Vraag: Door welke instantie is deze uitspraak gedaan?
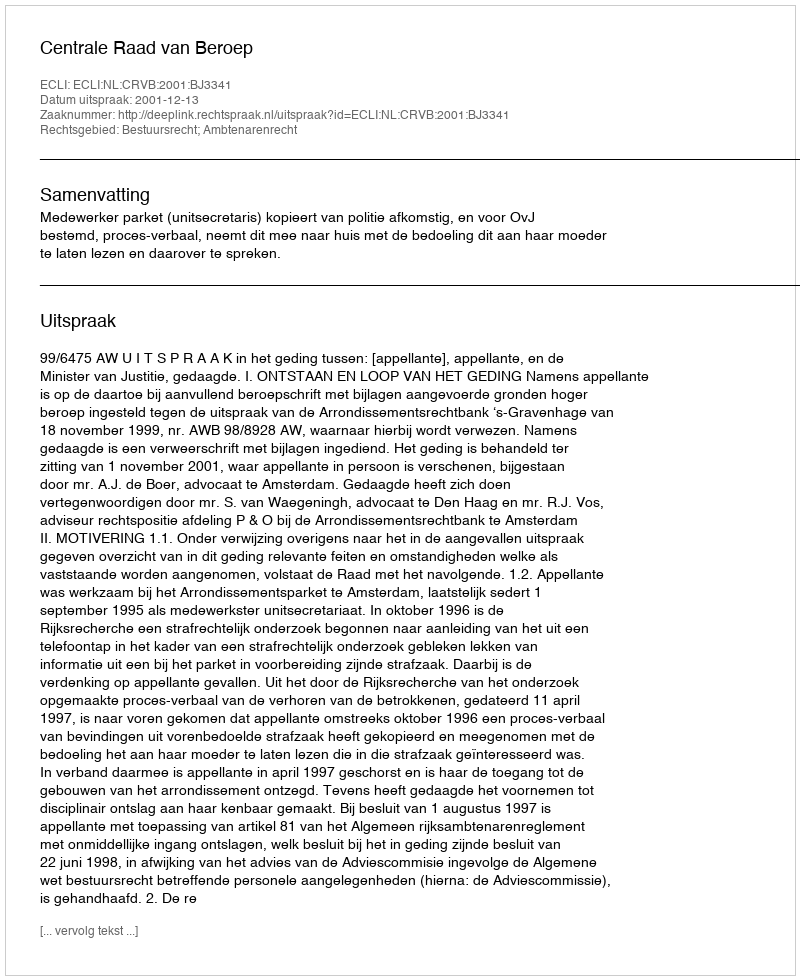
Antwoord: Centrale Raad van Beroep